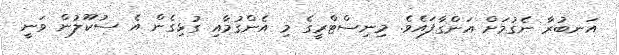
އަނބުރާ ނެގުމަށް އަންގާފައެވެ. މިނިސްޓްރީގެ މި އެންގުމާއި ގުޅިގެން އެ ސުކޫލުން ވަނީ